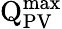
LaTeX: \mathrm{Q}_{\mathrm{PV}}^{\mathrm{max}}